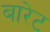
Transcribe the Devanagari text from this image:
बारेट